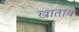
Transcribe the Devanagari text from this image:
खाताब